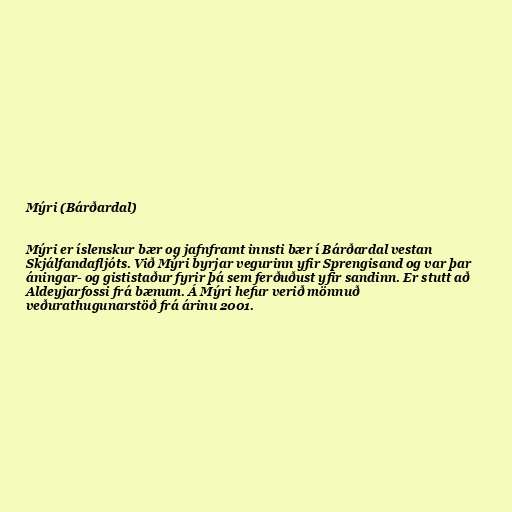
Mýri (Bárðardal)

Mýri er íslenskur bær og jafnframt innsti bær í Bárðardal vestan
Skjálfandafljóts. Við Mýri byrjar vegurinn yfir Sprengisand og var þar
áningar- og gististaður fyrir þá sem ferðuðust yfir sandinn. Er stutt að
Aldeyjarfossi frá bænum. Á Mýri hefur verið mönnuð
veðurathugunarstöð frá árinu 2001.